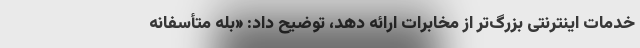
خدمات اینترنتی بزرگ‌تر از مخابرات ارائه دهد، توضیح داد: «بله متأسفانه